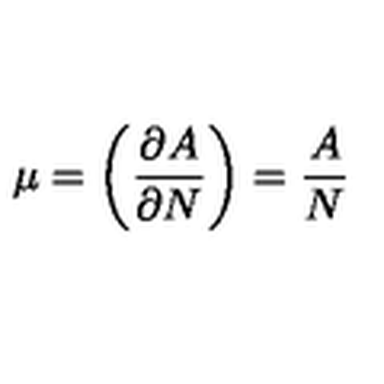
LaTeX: \mu = \biggl ( { \frac { \partial A } { \partial N } } \biggr ) = { \frac { A } { N } }